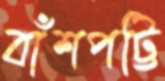
বাঁশপট্টি